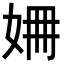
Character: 𡜜